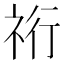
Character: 𮁴